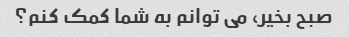
صبح بخیر، می توانم به شما کمک کنم؟